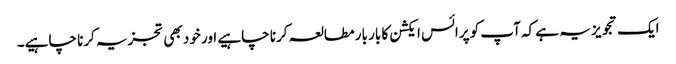
ایک تجویز یہ ہے کہ آپ کو پرائس ایکشن کا بار بار مطالعہ کرنا چاہیے اور خود بھی تجزیہ کرنا چاہیے۔